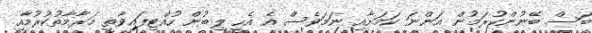
ބަސް ބޭނުންކުރަމުން އަންނަ ކަމަށާއި ނަމަވެސް އެ އެހީ ލިބުން ހުއްޓިފައިވާތީ މަރާމާތުކުރުމާއި